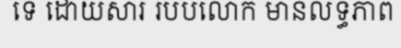
ទេ ដោយសារ របបលោក មានលទ្ធភាព